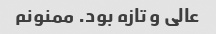
عالی و تازه بود. ممنونم